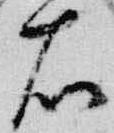
右